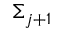
\Sigma _ { j + 1 }